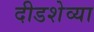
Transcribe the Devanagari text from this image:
दीडशेव्या